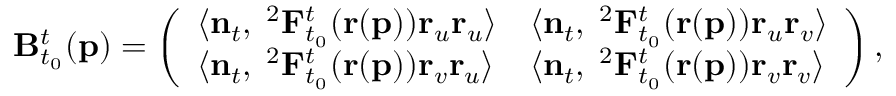
\mathbf { B } _ { t _ { 0 } } ^ { t } ( \mathbf { p } ) = \left( \begin{array} { l l } { \langle \mathbf { n } _ { t } , \mathbf { \nabla } ^ { 2 } \mathbf { F } _ { t _ { 0 } } ^ { t } ( \mathbf { r } ( \mathbf { p } ) ) \mathbf { r } _ { u } \mathbf { r } _ { u } \rangle } & { \langle \mathbf { n } _ { t } , \mathbf { \nabla } ^ { 2 } \mathbf { F } _ { t _ { 0 } } ^ { t } ( \mathbf { r } ( \mathbf { p } ) ) \mathbf { r } _ { u } \mathbf { r } _ { v } \rangle } \\ { \langle \mathbf { n } _ { t } , \mathbf { \nabla } ^ { 2 } \mathbf { F } _ { t _ { 0 } } ^ { t } ( \mathbf { r } ( \mathbf { p } ) ) \mathbf { r } _ { v } \mathbf { r } _ { u } \rangle } & { \langle \mathbf { n } _ { t } , \mathbf { \nabla } ^ { 2 } \mathbf { F } _ { t _ { 0 } } ^ { t } ( \mathbf { r } ( \mathbf { p } ) ) \mathbf { r } _ { v } \mathbf { r } _ { v } \rangle } \end{array} \right) ,